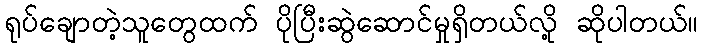
ရုပ်ချောတဲ့သူတွေထက် ပိုပြီးဆွဲဆောင်မှုရှိတယ်လို့ ဆိုပါတယ်။